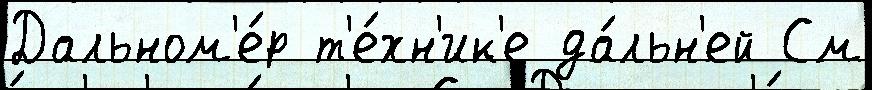
Дальном'е́р т'е́хн'ик'е да́льн'ей См